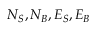
N _ { S } , N _ { B } , E _ { S } , E _ { B }